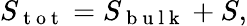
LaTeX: S_{\mathrm{~t~o~t~}}=S_{\mathrm{~b~u~l~k~}}+S,